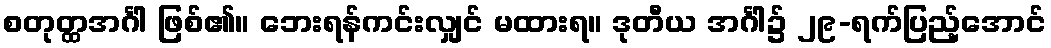
စတုတ္ထအင်္ဂါ ဖြစ်၏။ ဘေးရန်ကင်းလျှင် မထားရ။ ဒုတီယ အင်္ဂါ၌ ၂၉-ရက်ပြည့်အောင်